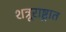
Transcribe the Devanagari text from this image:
शत्रूराष्ट्रात